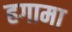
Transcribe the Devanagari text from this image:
हगामा